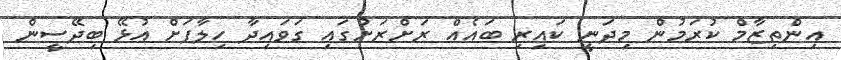
އިންތިޒާމް ކުރަމުން މިދަނީ ކައިރި ބައެއް ރަށްރަށުގައި ގަވައިދާ ހިލާފަށް އުޅޭ ބިދޭސީން